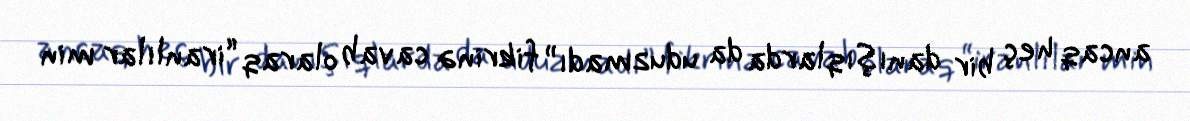
ancaq heç bir danışıqlarda da uduzmadı” fikrinə cavab olaraq “iranlılar min